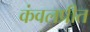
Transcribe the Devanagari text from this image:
कंवलप्रीत